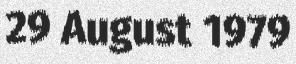
29 August 1979